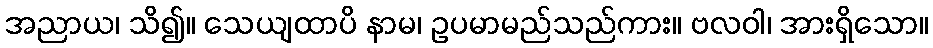
အညာယ၊ သိ၍။ သေယျထာပိ နာမ၊ ဥပမာမည်သည်ကား။ ဗလဝါ၊ အားရှိသော။